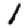
Digit: 1